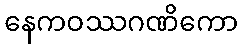
နေကဝဿဂဏိကော